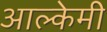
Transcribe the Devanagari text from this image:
आल्‍केमी